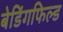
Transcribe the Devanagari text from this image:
बेडिंगफिल्ड